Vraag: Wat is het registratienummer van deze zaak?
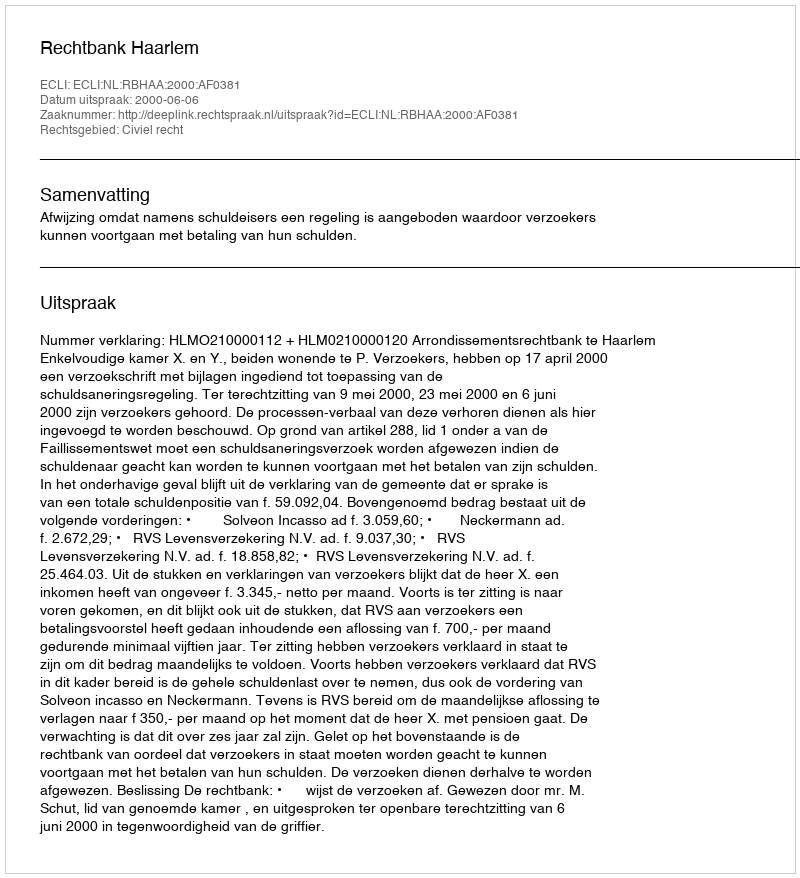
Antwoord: http://deeplink.rechtspraak.nl/uitspraak?id=ECLI:NL:RBHAA:2000:AF0381